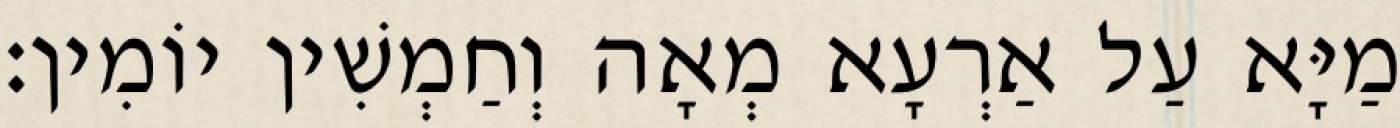
מַיָּא עַל אַרְעָא מְאָה וְחַמְשִׁין יוֹמִין׃